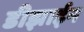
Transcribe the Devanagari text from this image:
डीझाईन